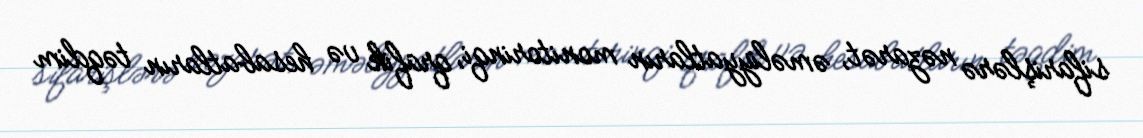
sifarişlərə nəzarət, əməliyyatların monitorinqi, qrafik və hesabatların təqdim